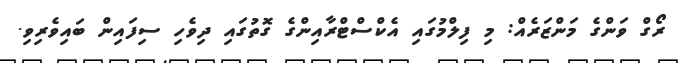
ރޯގް ވަންގެ މަންޒަރެއް: މި ފިލްމުގައި އެކްސްޓްރާއިންގެ ގޮތުގައި ދިވެހި ސިފައިން ބައިވެރިވި.